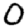
Digit: 0